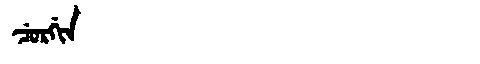
Manchu: ᠴᡠᡵᡤᡳᠨ
Romanization: CURGIN